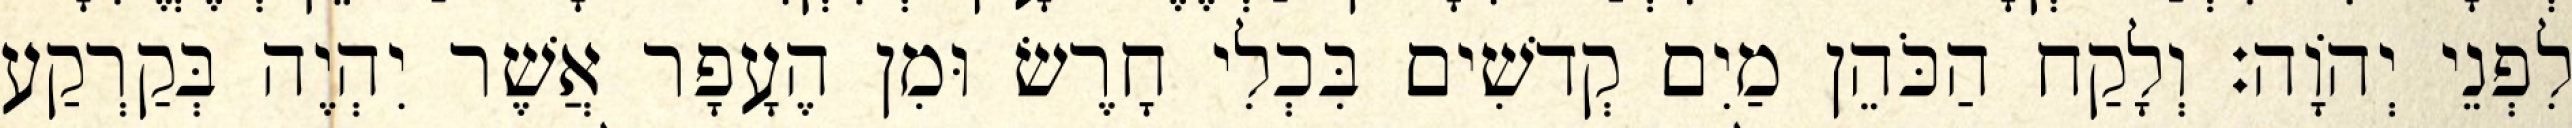
לִפְנֵי יְהוָֹה׃ וְלָקַח הַכֹּהֵן מַיִם קְדשִׁים בִּכְלִי חָרֶשׂ וּמִן הֶעָפָר אֲשֶׁר יִהְיֶה בְּקַרְקַע